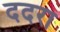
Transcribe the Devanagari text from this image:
ददरा